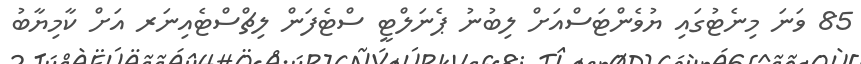
85 ވަނަ މިނެޓުގައި ޔުވެންޓަސްއަށް ލިބުނު ޕެނަލްޓީ ސްޓެފަން ލިޗްސްޓެއިނަރ އަށް ކާމިޔާބު